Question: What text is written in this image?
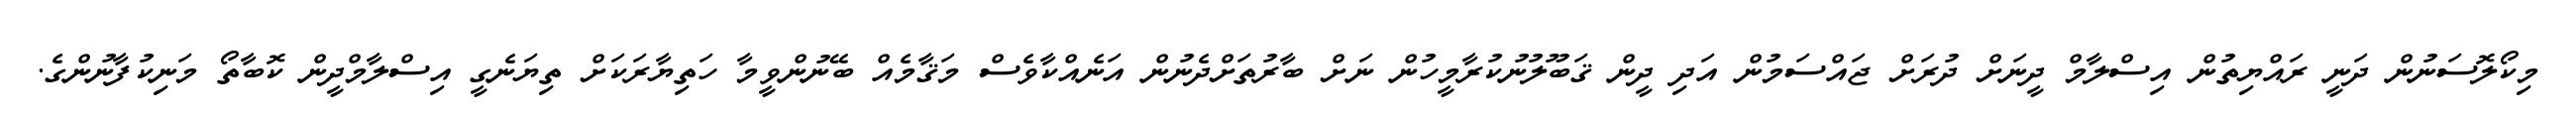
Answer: މިކޯލޮސަނުން ދަނީ ރައްޔިތުން އިސްލާމް ދީނަށް ދުރަށް ޖައްސަމުން އަދި ދީން ޤަބޫލުނުކުރާމީހުން ނަށް ބާރުތަށްދެނުން އަނެއްކާވެސް މަޤާމެއް ބޭނުންވީމާ ހަތިޔާރަކަށް ތިޔަނެގީ އިސްލާމްދީން ކޮބާތޯ މަނިކުފާނުންގެ.